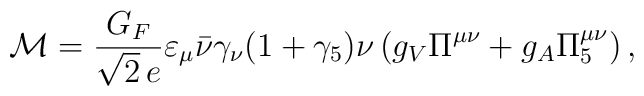
{\cal M}=\frac{G_F}{\sqrt{2}\,e}\varepsilon_{\mu}\bar{\nu}\gamma_{\nu}(1+\gamma_5)\nu\,(g_V\Pi^{\mu \nu}+g_A\Pi_5^{\mu \nu})\, ,